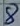
Text: 8